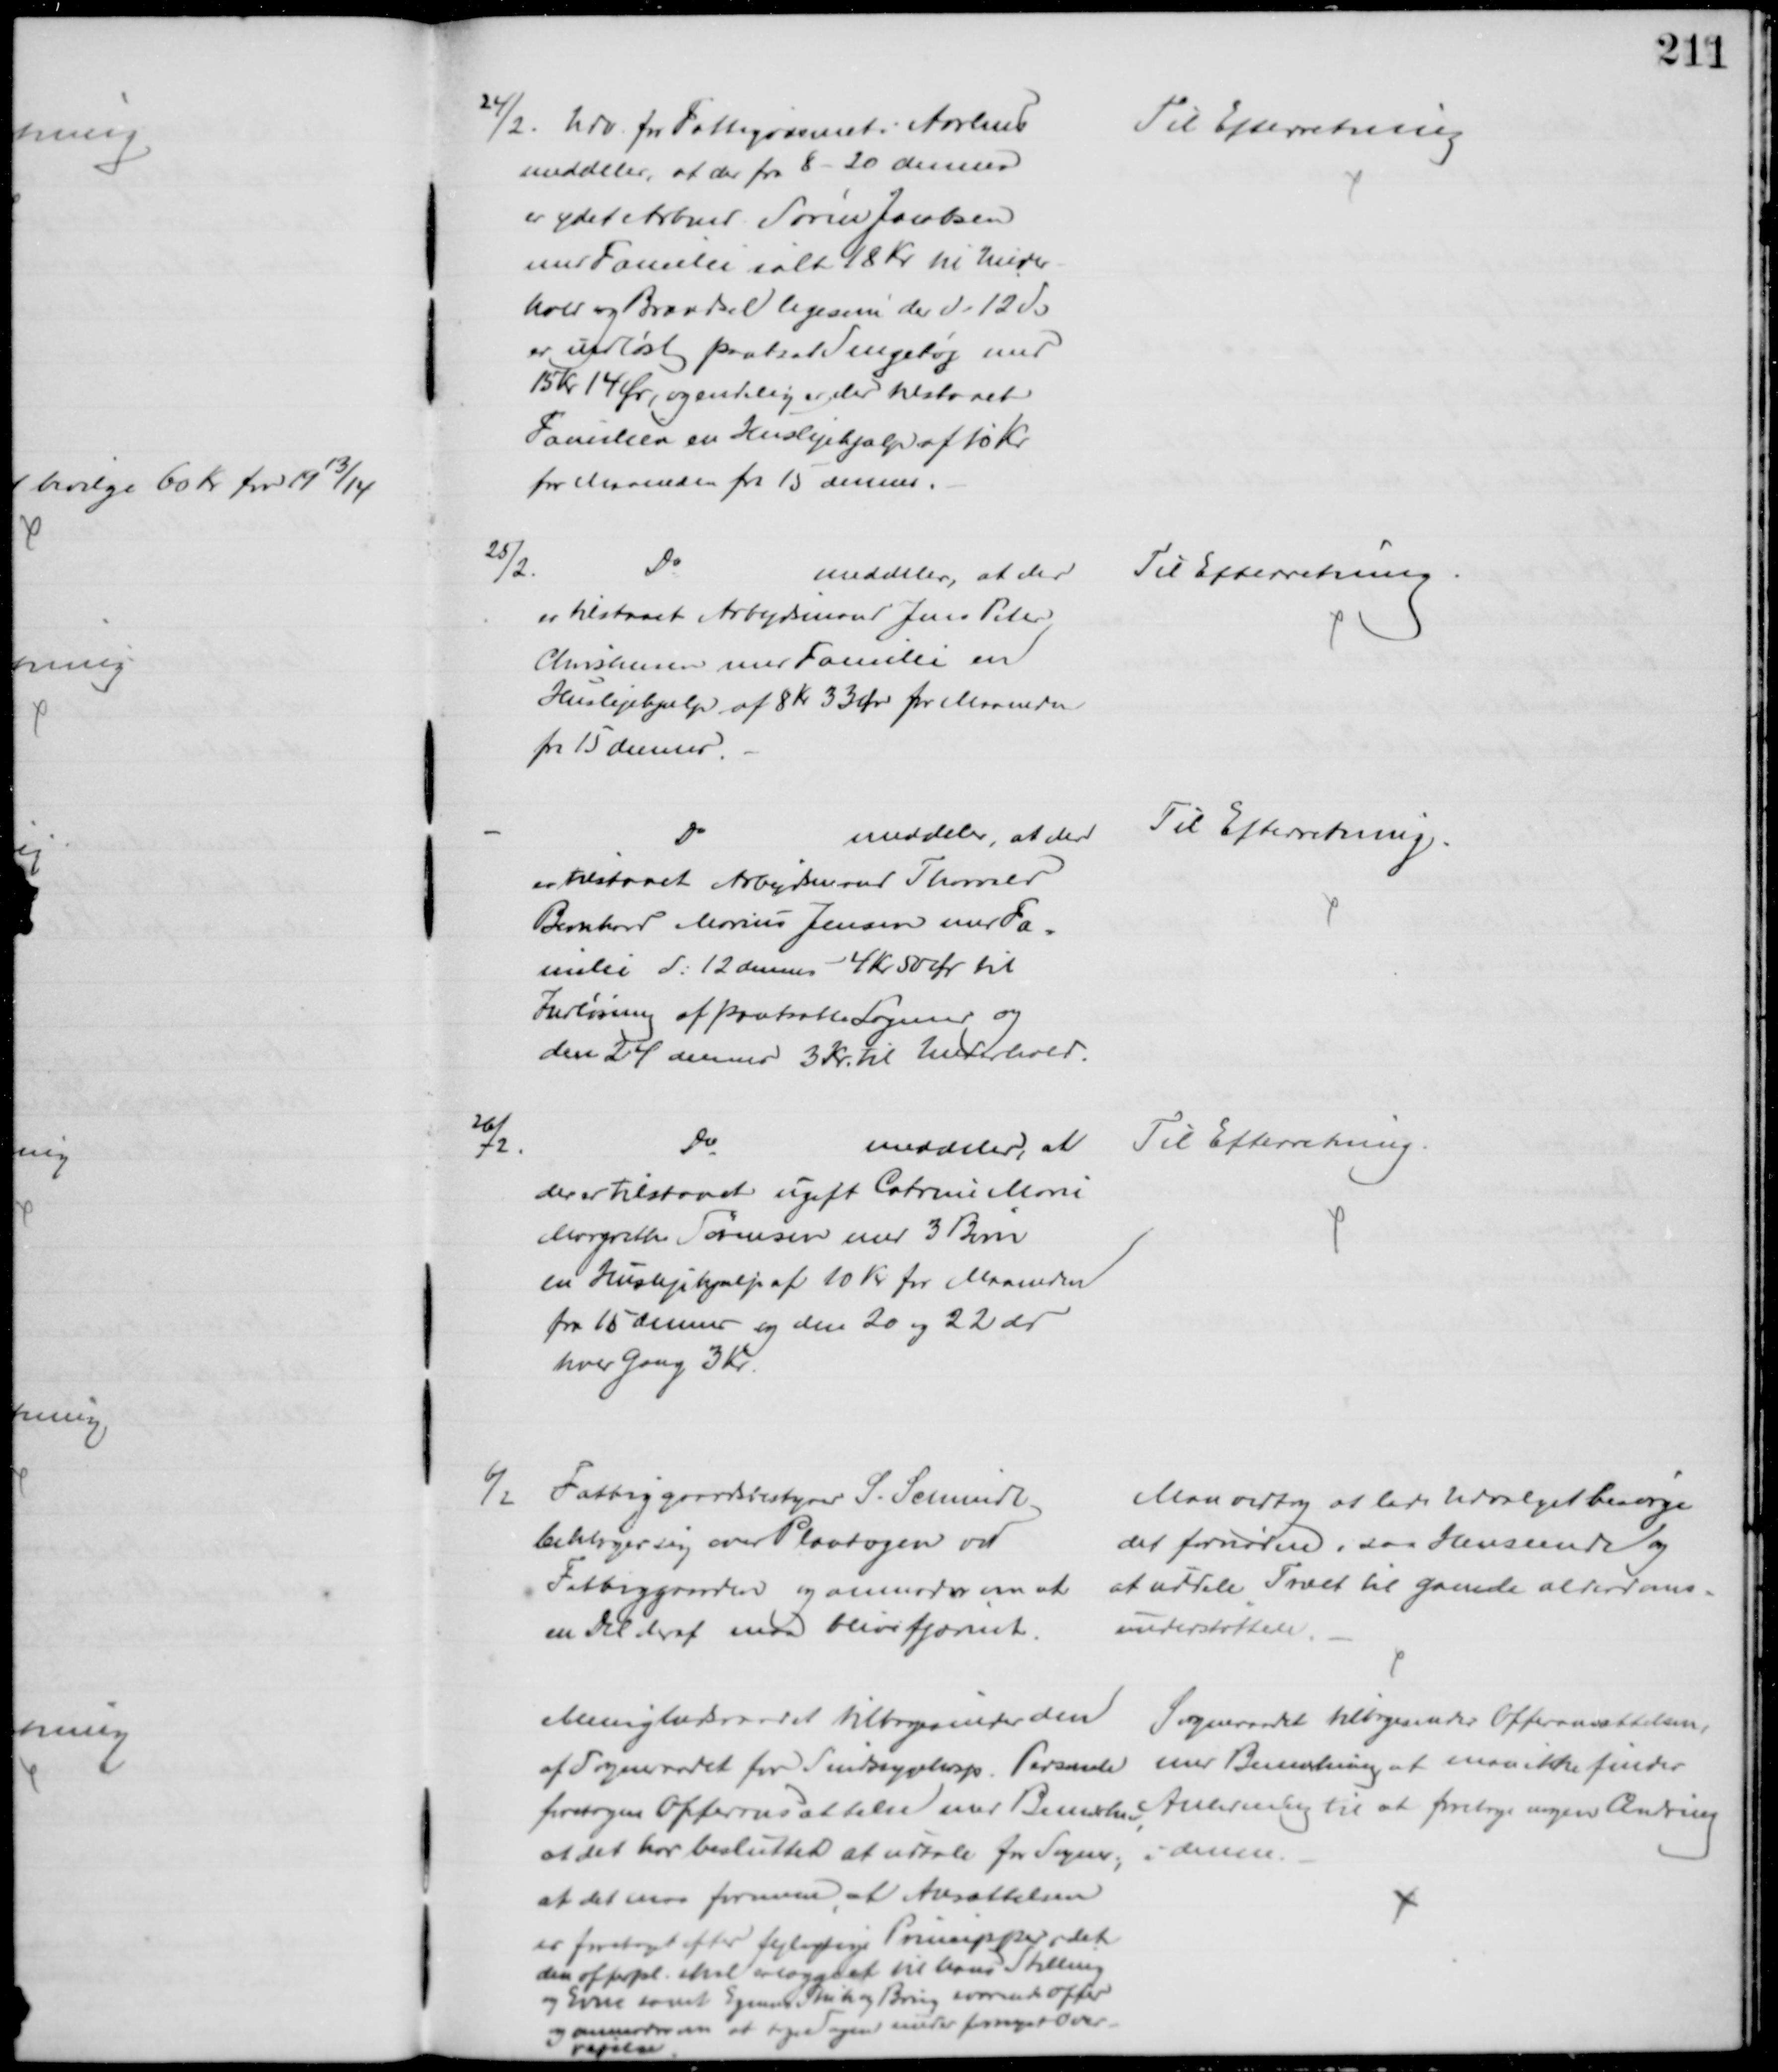
Transskription:
24/2. Udv. for Fattigvæsenet i Aarhus
meddeler, at der fra 8 - 20 dennes
er ydet Arbmd Søren Jacobsen
med Familie ialt 18 Kr til Under-
hold og Brændsel ligesom der d: 12 ds
er indløst pantsat Sengetøj med
15 Kr 14 Ør, og endelig er der tilstaaet
Familien en Huslejehjælp af 10 Kr
for Maaneden fra 13 dennes.
Til Efterretning
25/2.
Do
meddeler, at der
er tilstaaet Arbejdsmand Jens Peter
Christensen med Familie en
Huslejehjælp af 8 Kr 33 Ør for Maaneden
fra 15 dennes.
Til Efterretning
Do
meddeler, at der
er tilstaaet Arbejdsmand Thorvald
Bernhard Marius Jensen med Fa=
milie d: 12 dennes 4 Kr 50 Ør til
Indløsning af pantsatte Lagner og 
den 24 dennes 3 Kr. til Underhold.
Til Efterretning.
26/2.
Do
meddeler, at
der er tilstaaet ugift Catrine Marie
Margrethe Sørensen med 3 Børn
en Huslejehjælp af 10 Kr for Maaneden
fra 15 dennes og den 20 og 22 ds
hver Gang 3 Kr.
Til Efterretning
6/2 Fattiggaardsbestyrer S. Schmidt
beklager sig over Plantagen ved
Fattiggaarden og anmoder om at
en Del deraf med blive fjærnet
Man vedtog at lade Udvalget besørge
det fornødne i saa Henseende og
at uddele Træet til gamle alderdoms-
understøttede
Menighedraadet tilbagesender den
af Sogneraadet for Sindsygehosp. Personale
foretagen Offeransættelse med Bemærkn
at det har besluttet at udtale for Sogner.,
at det maa formene at Ansættelsen
er foretaget efter fejlagtige Principper idet
den offerpl. skal erlægge et til hans Stilling 
og Evne samt Egnens Skik og Brug svarende Offer
og anmoder om at tage Sagen under fornyet Over-
vejelse
Sogneraadet tilbagesender Offeransættelsen,
med Bemærkning at man ikke finder
Anledning til at foretage nogen Ændring
i denne.